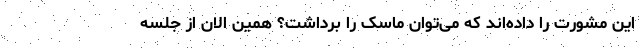
این مشورت را داده‌اند که می‌توان ماسک را برداشت؟ همین الان از جلسه